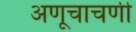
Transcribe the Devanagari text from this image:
अणूचाचणी